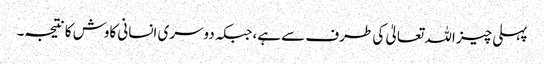
پہلی چیز اللہ تعالیٰ کی طرف سے ہے، جبکہ دوسری انسانی کاوش کا نتیجہ۔